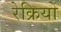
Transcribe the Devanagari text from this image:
रेक्रियो